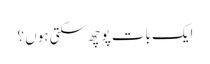
ایک بات پوچھ سکتی ہوں ؟